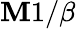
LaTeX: \mathbf{M}1/\beta